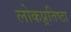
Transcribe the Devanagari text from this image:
लोकप्र्रतिष्ठा